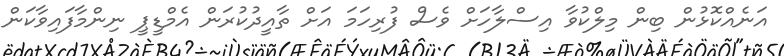
އަނެއްކޮޅުން ބިން މިލްކުވާ އިސްލާހަށް ވެސް ފުރިހަމަ އަށް ތާއީދުކުރަން އެމްޑީޕީ ނިންމާފައިވާކަން